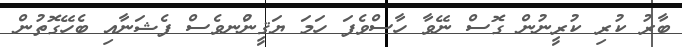
ބާރު ކުރި ކުރީނުން ގޮސް ނޭވާ ހާސްވެފަ ހަމަ ޔަޤީނުްނވެސް ފެޝަނާއި ބެހޭގޮތުން